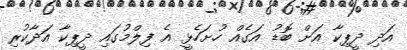
އަދި ދީޕިކާ އަށް ބޮޑު އަގެއް ހުށަހެޅީ އެ ފިލްމުގައި ދީޕިކާ އަދާކުރި